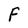
Character: F